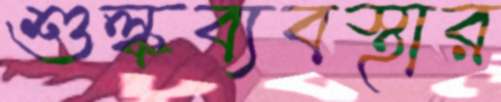
শুল্কব্যবস্থার